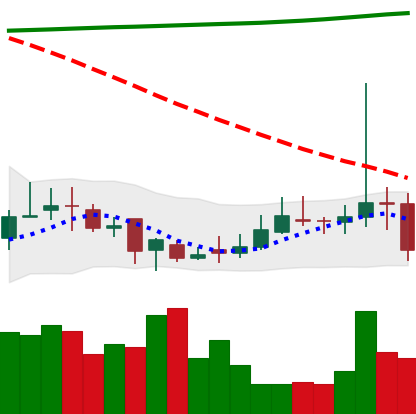
Ticker: DOGE-USD
Chart end date: 2020-10-28
Forward return: -3.006%
Label: down_3_5